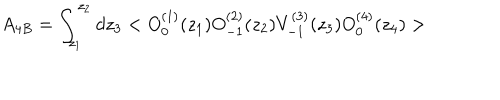
A _ { 4 B } = \int _ { z _ { 1 } } ^ { z _ { 2 } } d z _ { 3 } < O _ { 0 } ^ { ( 1 ) } ( z _ { 1 } ) O _ { - 1 } ^ { ( 2 ) } ( z _ { 2 } ) V _ { - 1 } ^ { ( 3 ) } ( z _ { 3 } ) O _ { 0 } ^ { ( 4 ) } ( z _ { 4 } ) >